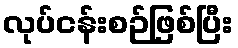
လုပ်ငန်းစဉ်ဖြစ်ပြီး